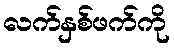
လက်နှစ်ဖက်ကို